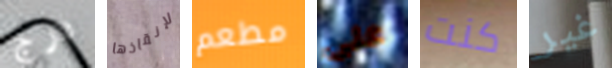
درج لإنقاذها مطعم على كنت غير